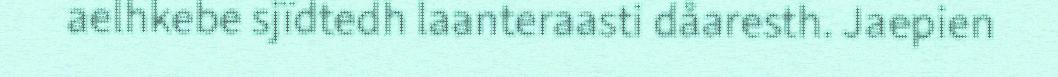
aelhkebe sjïdtedh laanteraasti dåaresth. Jaepien